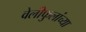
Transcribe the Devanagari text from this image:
वेलीफुलांच्या